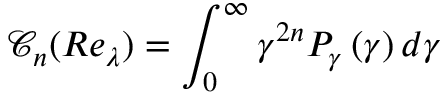
\mathcal { C } _ { n } ( R e _ { \lambda } ) = \int _ { 0 } ^ { \infty } \gamma ^ { 2 n } P _ { \gamma } \left( \gamma \right) d \gamma